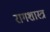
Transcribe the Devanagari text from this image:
रागशास्त्र